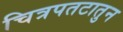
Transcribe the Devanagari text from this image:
चित्रपतटातुन